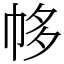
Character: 㡅